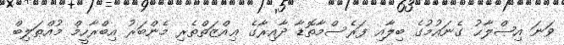
ވަނަ އިޞްލާޙު ގެނައުމުގެ ބިލާއި ފަރެސްމާތޮޑާ ދާއިރާގެ ޢިއްޒަތްތެރި މެންބަރު އިބްރާހީމް މުއްޠަލިބް